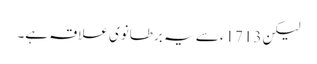
لیکن 1713ء سے یہ برطانوی علاقہ ہے۔